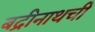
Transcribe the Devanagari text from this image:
बद्रीनाथची